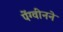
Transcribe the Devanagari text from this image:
पेंग्वीनने